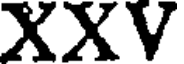
XXV